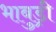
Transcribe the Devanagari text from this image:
भाबुड्री